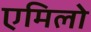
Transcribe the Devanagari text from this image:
एमिलो